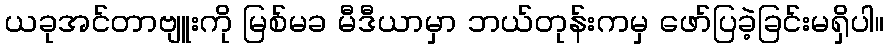
ယခုအင်တာဗျူးကို မြစ်မခ မီဒီယာမှာ ဘယ်တုန်းကမှ ဖော်ပြခဲ့ခြင်းမရှိပါ။